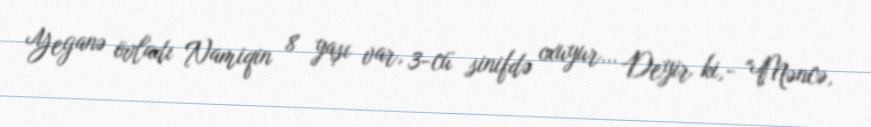
Yeganə övladı Namiqin 8 yaşı var, 3-cü sinifdə oxuyur… Deyir ki,- "Məncə,